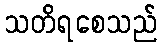
သတိရစေသည်